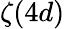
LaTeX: \zeta(4d)